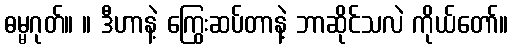
ဓမ္မဂုတ်။ ။ ဒီဟာနဲ့ ကြွေးဆပ်တာနဲ့ ဘာဆိုင်သလဲ ကိုယ်တော်။